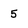
Character: 5